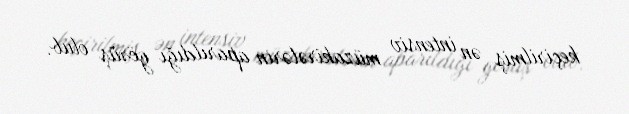
keçirilmiş ən intensiv müzakirələrin aparıldığı görüş olub.